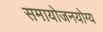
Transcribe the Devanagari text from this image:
समायोजनयोग्‍य